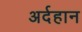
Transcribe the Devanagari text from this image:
अर्दहान